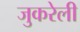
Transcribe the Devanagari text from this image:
जुकरेली